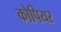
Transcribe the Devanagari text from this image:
कोपियर